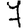
Digit: 7